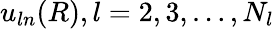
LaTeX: u_{ln}(R),l=2,3,\ldots,N_{l}